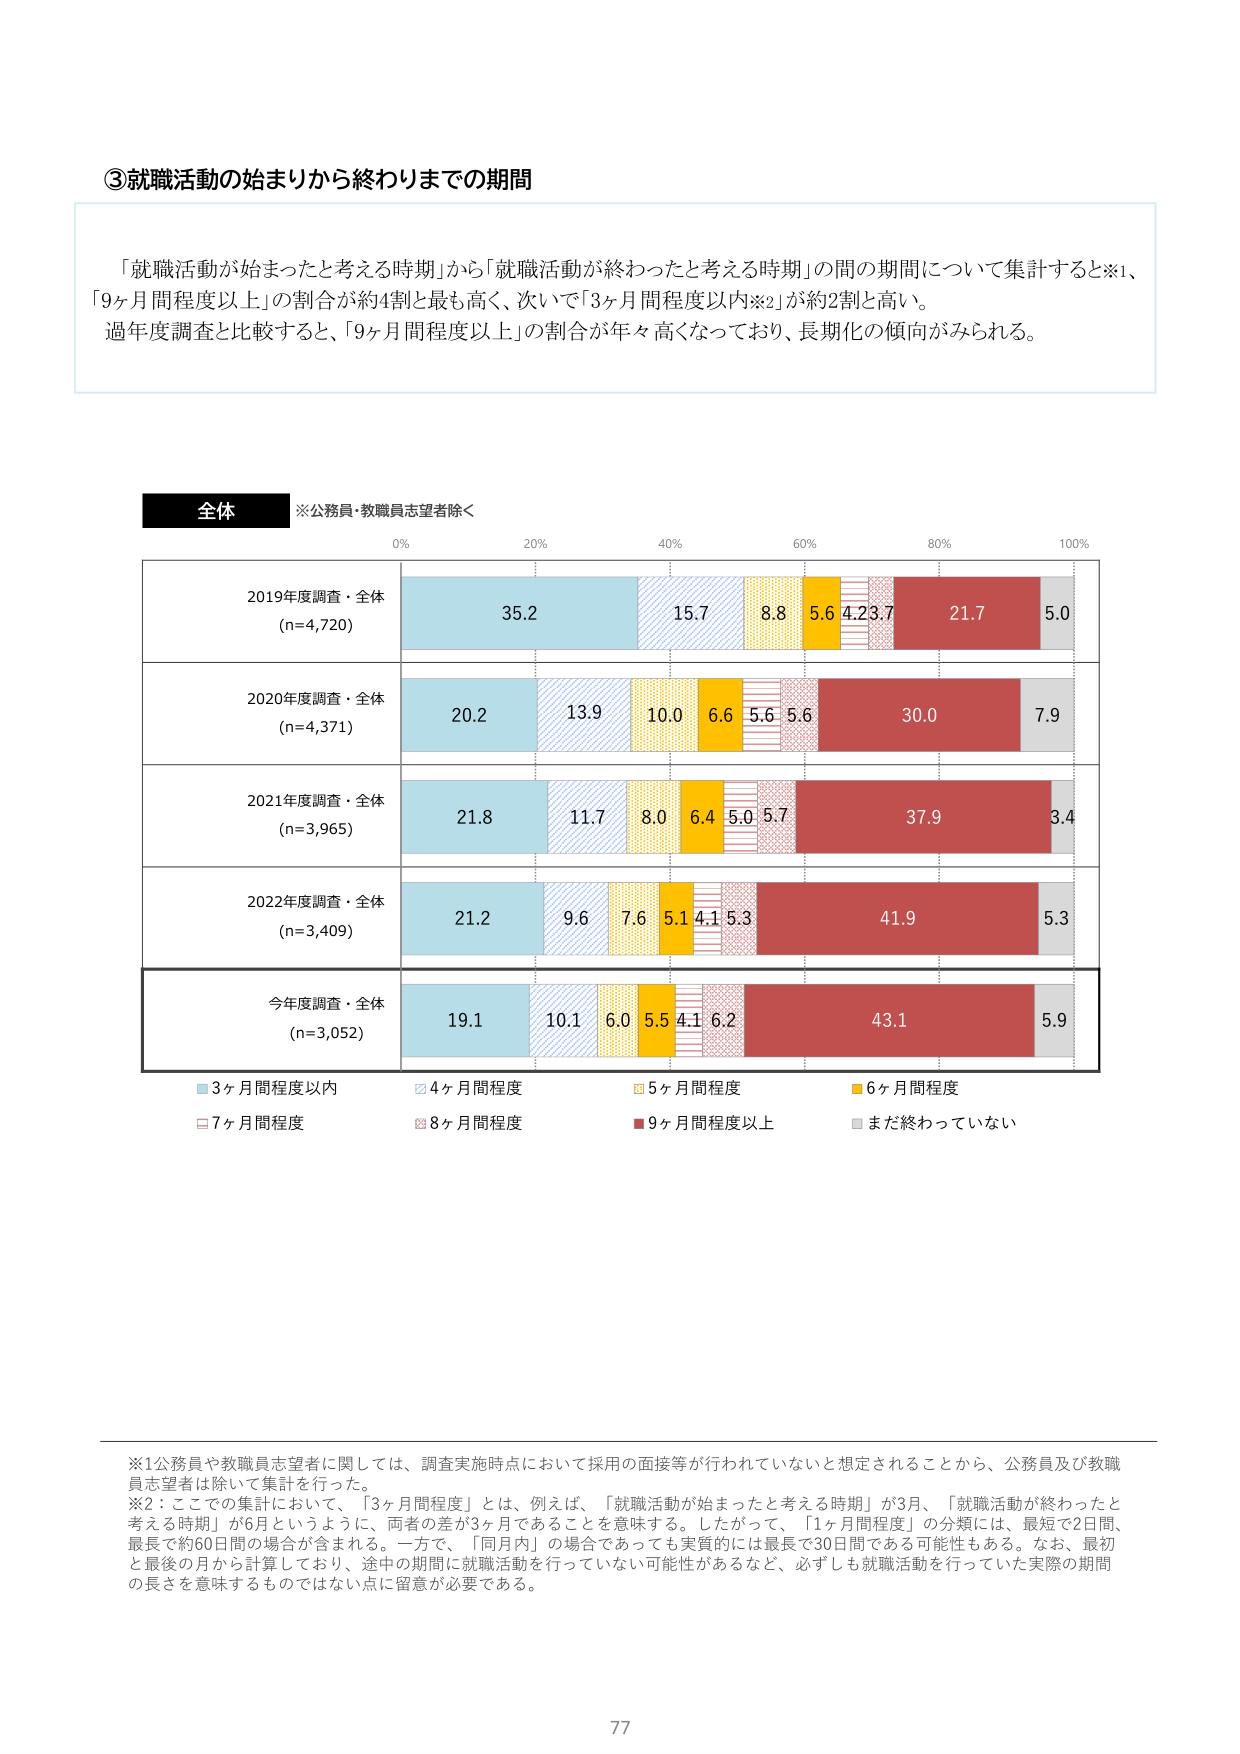
③就職活動の始まりから終わりまでの期間

「就職活動が始まったと考える時期」から「就職活動が終わったと考える時期」の間の期間について集計すると※1、「9ヶ月間程度以上」の割合が約4割と最も高く、次いで「3ヶ月間程度以内※2」が約2割と高い。過年度調査と比較すると、「9ヶ月間程度以上」の割合が年々高くなっており、長期化の傾向がみられる。

全体 ※公務員・教職員志望者除く

0% 20% 40% 60% 80% 100%

2019年度調査・全体 (n=4,720) 35.2 15.7 8.8 5.6 4.2 3.7 21.7 5.0

2020年度調査・全体 (n=4,371) 20.2 13.9 10.0 6.6 5.6 5.6 30.0 7.9

2021年度調査・全体 (n=3,965) 21.8 11.7 8.0 6.4 5.0 5.7 37.9 3.4

2022年度調査・全体 (n=3,409) 21.2 9.6 7.6 5.1 4.1 5.3 41.9 5.3

今年度調査・全体 (n=3,052) 19.1 10.1 6.0 5.5 4.1 6.2 43.1 5.9

■3ヶ月間程度以内 ■4ヶ月間程度 ■5ヶ月間程度 ■6ヶ月間程度
■7ヶ月間程度 ■8ヶ月間程度 ■9ヶ月間程度以上 ■まだ終わっていない

※1 公務員や教職員志望者に関しては、調査実施時点において採用の面接等が行われていないと想定されることから、公務員及び教職員志望者は除いて集計を行った。
※2：こでの集計において、「3ヶ月間程度」とは、例えば、「就職活動が始まったと考える時期」が3月、「就職活動が終わったと考える時期」が6月というように、両者の差が3月であることを意味する。したがって、「1ヶ月間程度」の分類には、最短で2日間、最長で約60日間の場合が含まれる。一方で、「同月内」の場合であっても実質的には最長で30日間である可能性もある。なお、最初と最後の月から計算しており、途中の期間に就職活動を行っていない可能性があるなど、必ずしも就職活動を行っていた実際の期間の長さを意味するものではない点に留意が必要である。

77